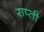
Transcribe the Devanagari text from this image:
राप्‍ती